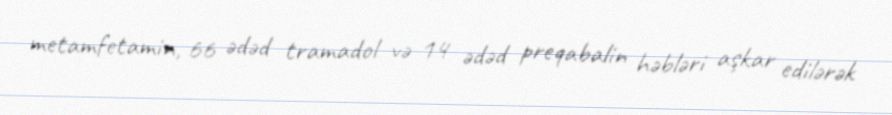
metamfetamin, 66 ədəd tramadol və 14 ədəd preqabalin həbləri aşkar edilərək